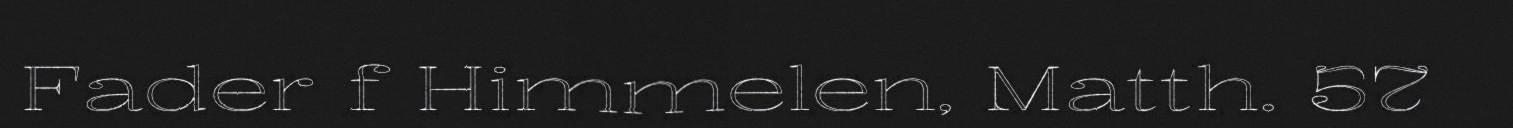
Fader f Himmelen, Matth. 57